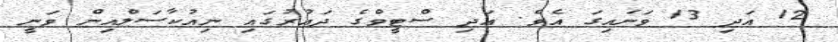
12 އަދި 13 ވަނައިގަ އެވެ. އަދި ސްޓީވްގެ ދައުރުގައި ނިއުކާސަލްއިން ވަނީ